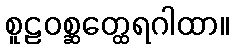
စူဠဝစ္ဆတ္ထေရဂါထာ။